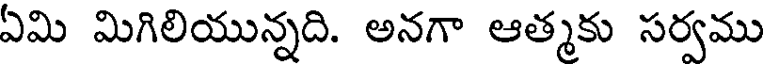
ఏమి మిగిలియున్నది. అనగా ఆత్మకు సర్వము